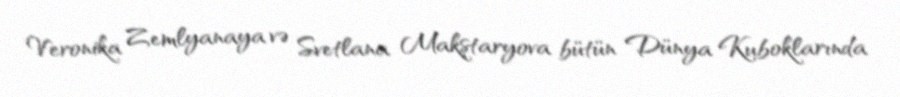
Veronika Zemlyanaya və Svetlana Makştaryova bütün Dünya Kuboklarında